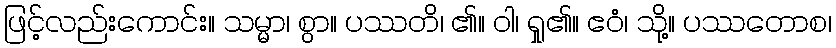
ဖြင့်လည်းကောင်း။ သမ္မာ၊ စွာ။ ပဿတိ၊ ၏။ ဝါ၊ ရှု၏။ ဧဝံ၊ သို့။ ပဿတောစ၊